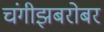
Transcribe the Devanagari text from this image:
चंगीझबरोबर